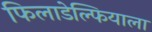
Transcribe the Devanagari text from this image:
फिलाडेल्फियाला